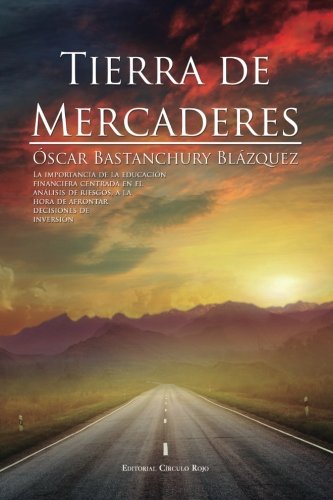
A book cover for Tierra de mercaderes (Spanish Edition); ÃEscar Bastanchury BlÃ¡zquez; Business & Money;